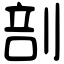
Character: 剖